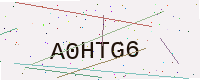
Text: A0HTG6